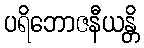
ပရိဘောဇနီယန္တိ